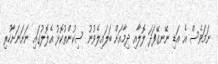
ނަމަވެސް އެ އަޑި ނޭނގޭފަދަ ލޮލާއި ދިމާއަށް ބަލައިލެވުނު ސިކުންތުކޮޅު އެލޮލުގައި ނަށަނަށާހުރި